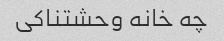
چه خانه وحشتناکی